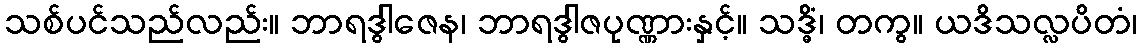
သစ်ပင်သည်လည်း။ ဘာရဒွါဇေန၊ ဘာရဒွါဇပုဏ္ဏားနှင့်။ သဒ္ဓိံ၊ တကွ။ ယဒိသလ္လပိတံ၊